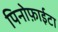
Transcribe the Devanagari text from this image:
पिनोफ़ाईटा